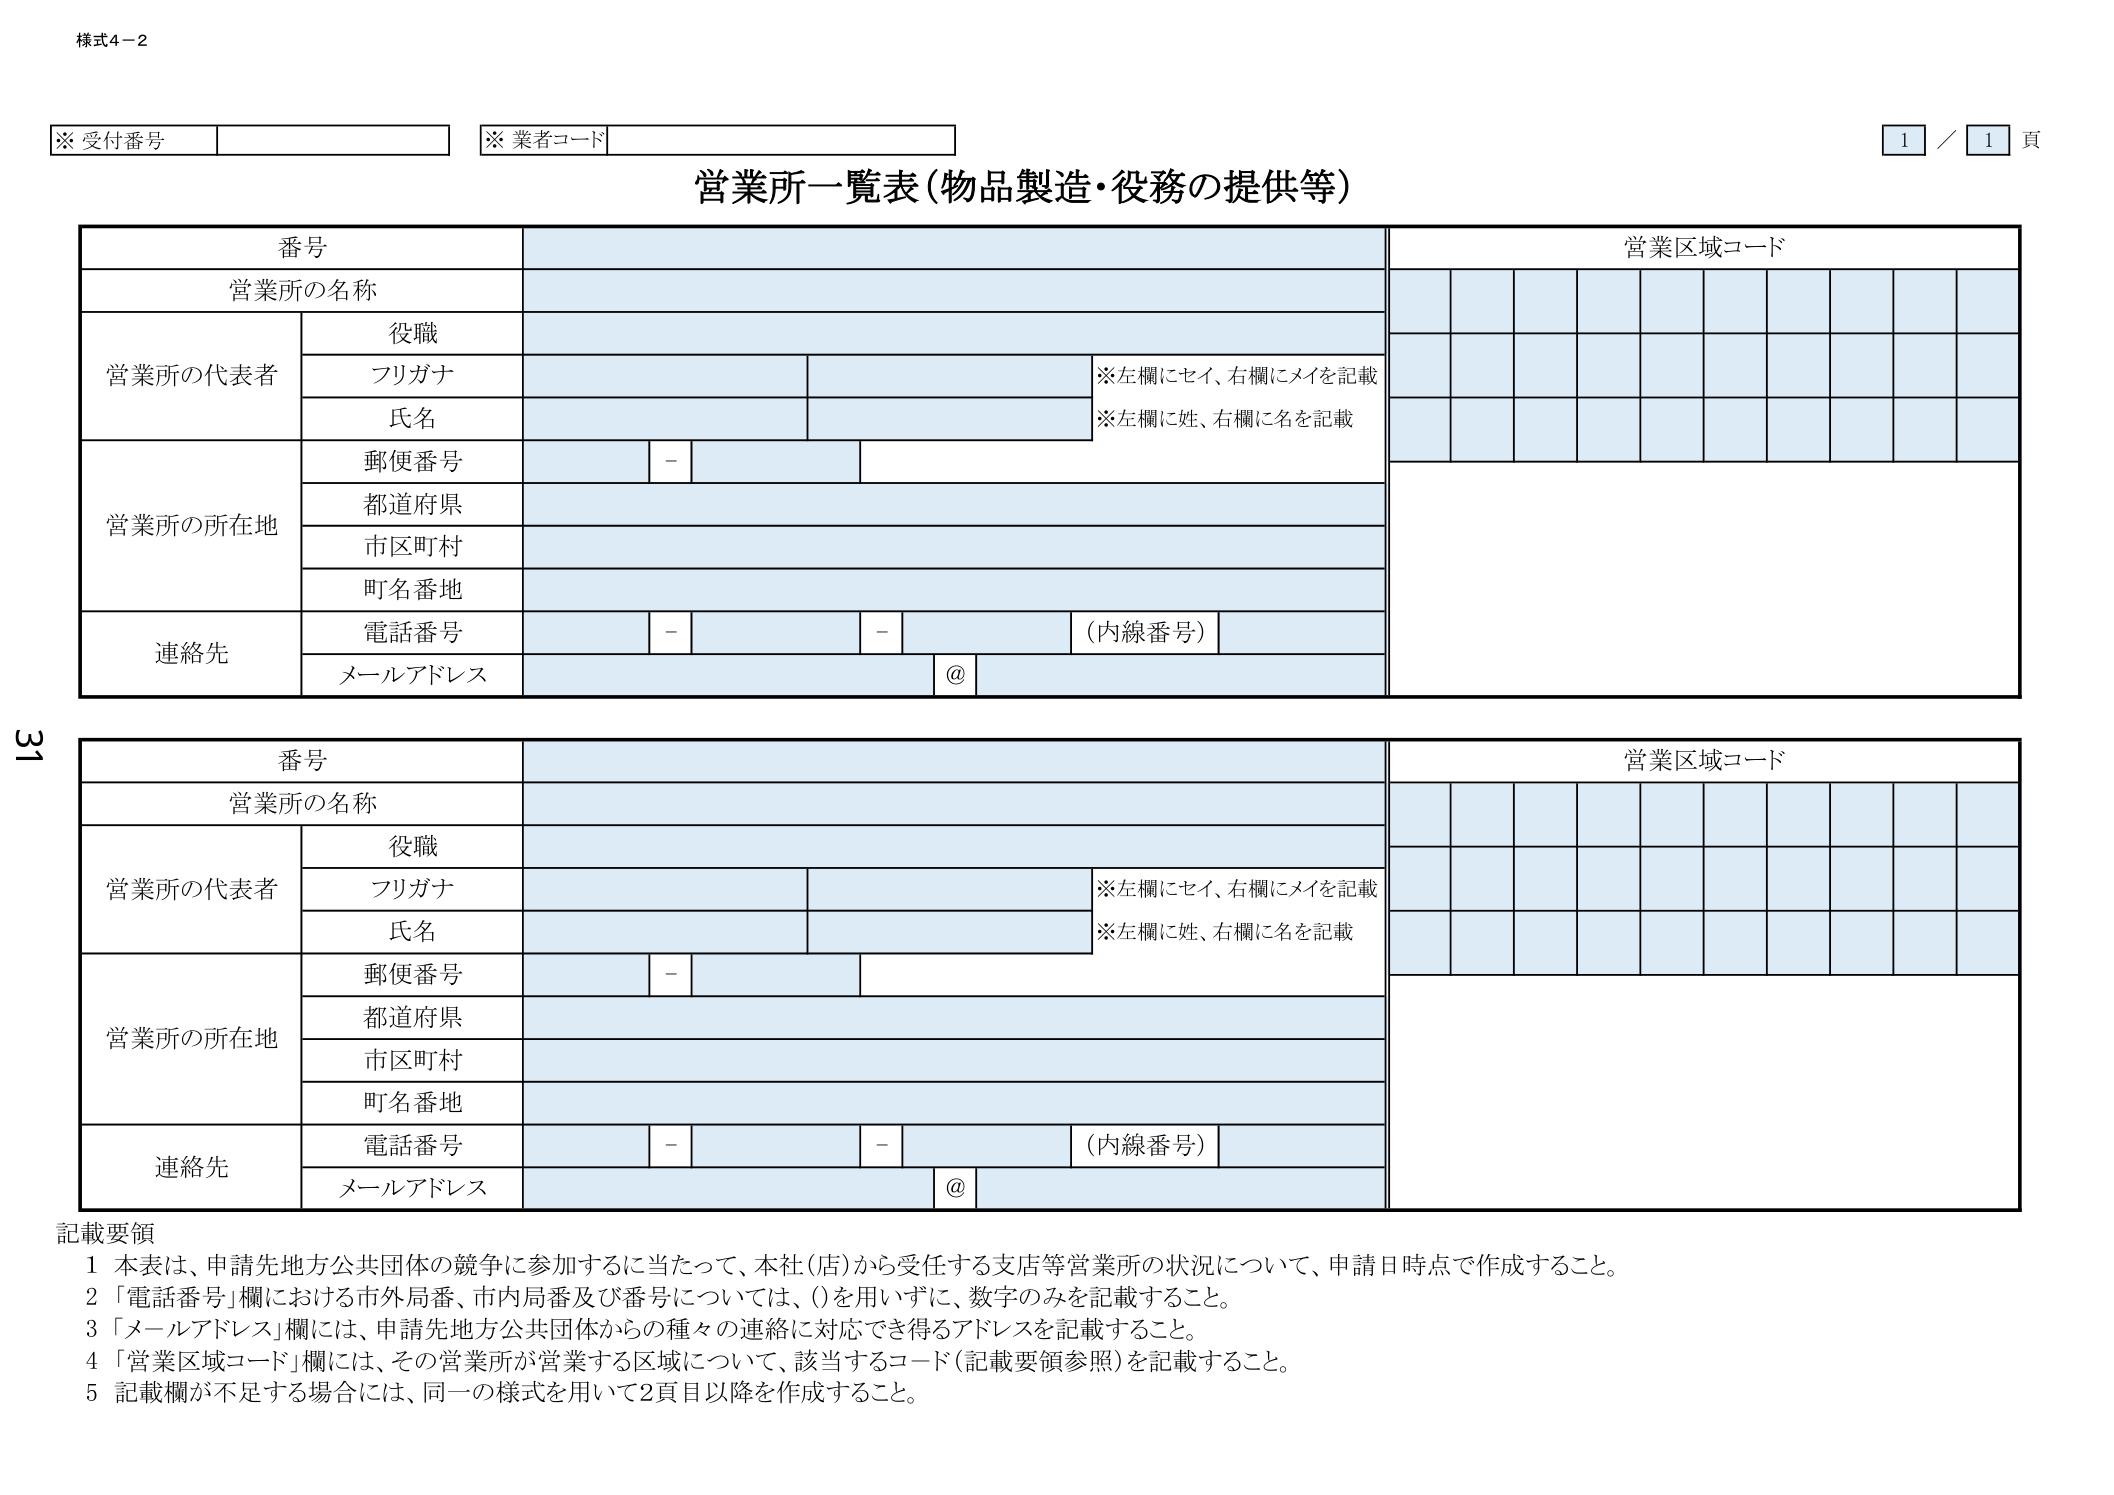
様式4-2

※ 受付番号
※ 業者コード

営業所一覧表（物品製造・役務の提供等）

番号
営業所の名称
営業区域コード

営業所の代表者
役職
フリガナ
※左欄にセイ、右欄にメイを記載
氏名
※左欄に姓、右欄に名を記載

営業所の所在地
郵便番号
-
都道府県
市区町村
町名番地

連絡先
電話番号
-
-
（内線番号）
メールアドレス
@

番号
営業所の名称
営業区域コード

営業所の代表者
役職
フリガナ
※左欄にセイ、右欄にメイを記載
氏名
※左欄に姓、右欄に名を記載

営業所の所在地
郵便番号
-
都道府県
市区町村
町名番地

連絡先
電話番号
-
-
（内線番号）
メールアドレス
@

記載要領
1 本表は、申請先地方公共団体の競争に参加するに当たって、本社（店）から受任する支店等営業所の状況について、申請日時点で作成すること。
2 「電話番号」欄における市外局番、市内局番及び番号については、()を用いずに、数字のみを記載すること。
3 「メールアドレス」欄には、申請先地方公共団体からの種々の連絡に対応でき得るアドレスを記載すること。
4 「営業区域コード」欄には、その営業所が営業する区域について、該当するコード（記載要領参照）を記載すること。
5 記載欄が不足する場合には、同一の様式を用いて2頁目以降を作成すること。

1 / 1 頁

31